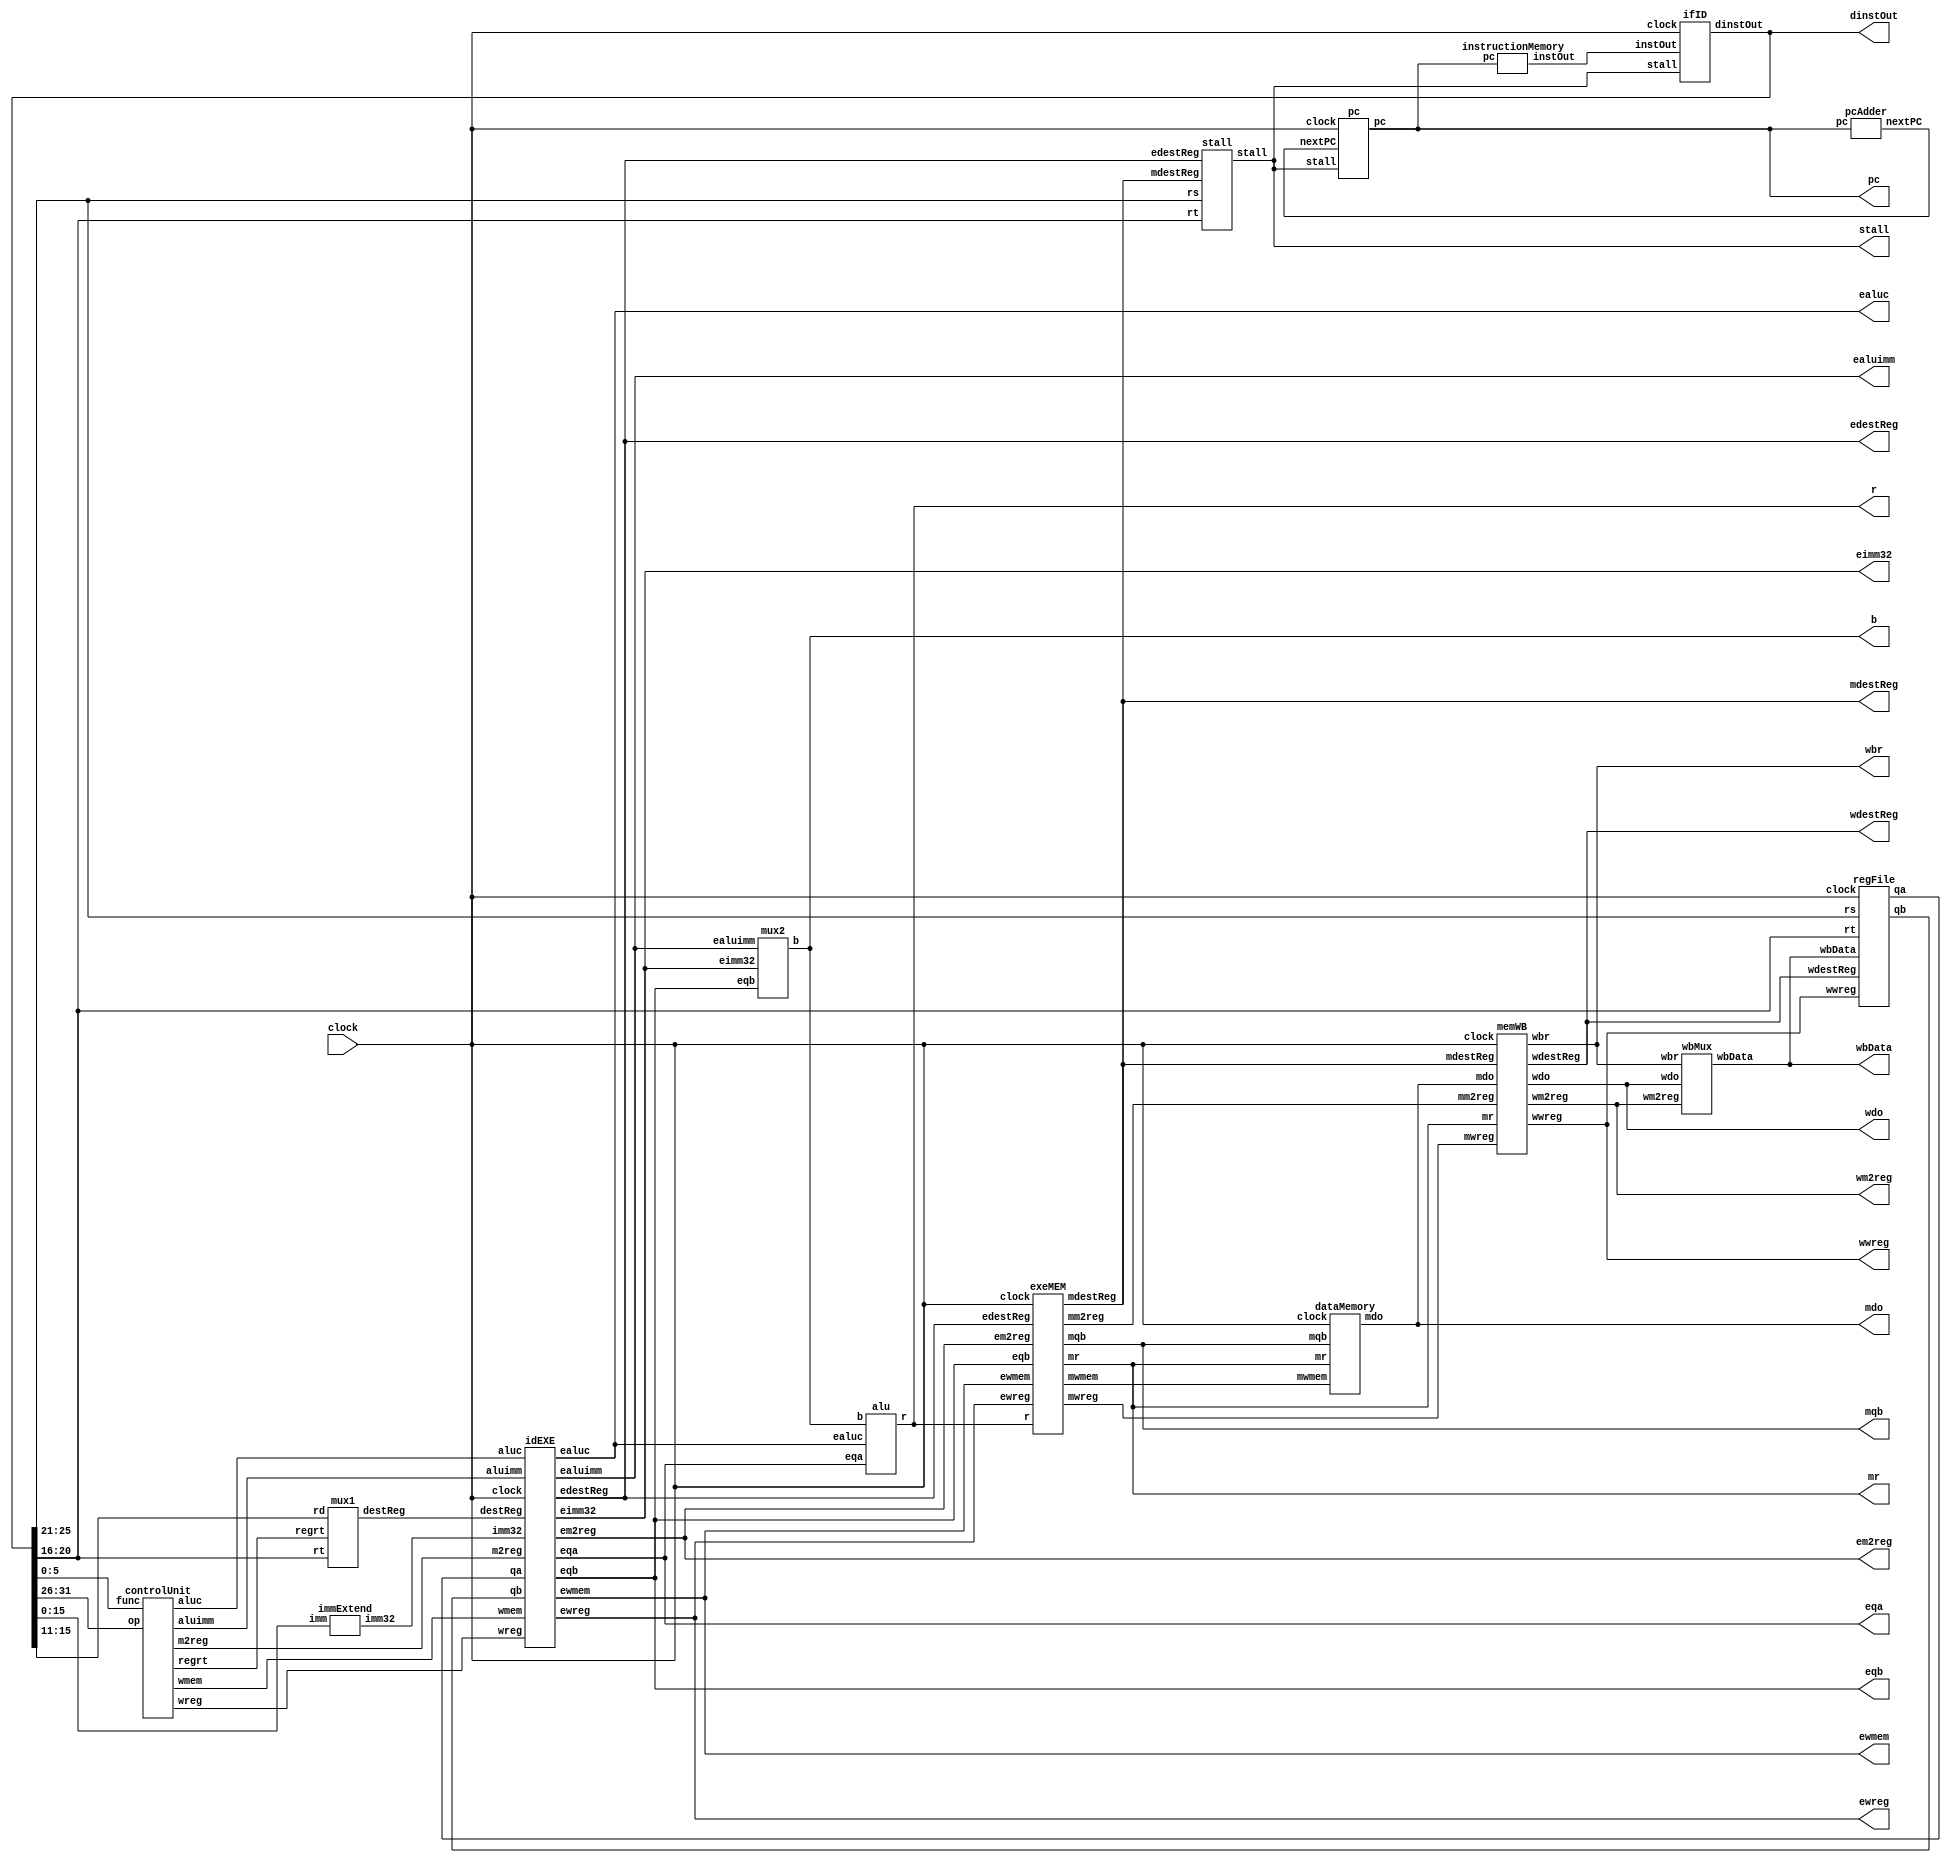
`timescale 1ns / 1ps
//////////////////////////////////////////////////////////////////////////////////
// Company: The Pennsylvania State University
//
// Design Name: Marian Rempola
// Project Name: Final Project
//////////////////////////////////////////////////////////////////////////////////

//-------------------------------------------------------------------------------------------------------------------

// ----------------NOTE----------------
// To implement stalls: we need to add MUX and check rs and rt reg: if new instruction = destReg of the previous 2 instructions
// if =, we implement a stall (don't move to next instruction, don't iterate the pc)
// if !=, proceed normally

//-------------------------------------------------------------------------------------------------------------------

module datapath (clock, pc, dinstOut, ewreg, em2reg, ewmem, ealuimm, ealuc, edestReg,eqa, eqb, eimm32, 
                mr, mqb, mdo, r, wwreg, wm2reg, wdestReg, wbr, wdo, b, mdestReg, wbData, stall);
    input wire clock; 
    output wire [31:0] pc;
    output wire [31:0] dinstOut;
    output wire ewreg;
    output wire em2reg;
    output wire ewmem;
    output wire ealuimm;
	output wire [3:0] ealuc;
	output wire [4:0] edestReg;
	output wire [31:0] eqa;
	output wire [31:0] eqb;
	output wire [31:0] eimm32;
	output wire [31:0] mr;
    output wire [31:0] mqb;
    output wire [31:0] mdo;
    output wire [31:0] r;
    output wire wwreg;
    output wire wm2reg;
    output wire [4:0] wdestReg;
    output wire [31:0] wbr;
    output wire [31:0] wdo;
	
	wire [31:0] instOut;
    wire [31:0] nextPC;
	wire wreg;
	wire m2reg;
	wire wmem;
	wire aluimm;
    wire [3:0] aluc;
    wire [4:0] destReg;
    wire [31:0] qa;
    wire [31:0] qb;
    wire [31:0] imm32;
    wire [15:0] imm;
    output wire [31:0] b;
    output wire [4:0] mdestReg;
    output wire [31:0] wbData;
    output wire [1:0] stall;
    
    //Modules
    pc pc_dp(clock, nextPC, stall, pc);
    
    stall _stall_dp(dinstOut[25:21], dinstOut[20:16], edestReg, mdestReg, stall);
    
    instructionMemory im_dp(pc, instOut);
    
    pcAdder pcAdder_dp(pc, nextPC);
    
    ifID ifID_dp(clock, stall, instOut, dinstOut);
    
    controlUnit controlUnit_dp(dinstOut[31:26], dinstOut[5:0], wreg, m2reg, wmem, aluc, aluimm, regrt);
    
    mux1 mux1_dp(dinstOut[15:11], dinstOut[20:16], regrt, destReg);
    
    regFile regFile_dp(clock, wwreg, dinstOut[25:21], dinstOut[20:16], wdestReg, wbData, qa, qb);
    
    immExtend immExtend_dp(dinstOut[15:0], imm32);
    
    dataMemory dataMemory_dp(mr, mqb, mwmem, clock, mdo);
    
    idEXE idEXE_dp(clock, wreg, m2reg, wmem, aluc, aluimm, destReg, qa, qb, imm32,
            ewreg, em2reg, ewmem, ealuc, ealuimm, edestReg, eqa, eqb, eimm32);
    
    mux2 mux2_dp(ealuimm, eqb, eimm32, b);
    
    alu alu_dp(eqa, b, ealuc, r);
    
    exeMEM exeMEM_dp(clock, ewreg, em2reg, ewmem, edestReg,r, eqb, mwreg, mm2reg, 
                mwmem, mdestReg, mr, mqb);
    
    memWB memWB_dp(clock, mwreg, mm2reg, mdestReg, mr, mdo, 
            wwreg, wm2reg, wdestReg, wbr, wdo);
   
    wbMux wbMux_dps(wbr, wdo, wm2reg, wbData);
endmodule

//-------------------------------------------------------------------------------------------------------------------

module pc(clock, nextPC, stall, pc);
    input wire clock;
    input wire [31:0] nextPC;
    input wire [1:0] stall;
    output reg [31:0] pc;
    
    //set initial pc = 100
	initial begin
	pc <= 32'd100;
	end
    
    //set pc according to stalls
	always @(posedge clock) begin   
	   if (stall == 1) begin
	       pc[31:0] = pc[31:0];
	   end
	   else begin
	       pc = nextPC;
	   end
	end 
endmodule 

//-------------------------------------------------------------------------------------------------------------------

module stall(rs, rt, edestReg, mdestReg, stall);
    input [4:0] rs;
    input [4:0] rt;
    input [4:0] edestReg;
    input [4:0] mdestReg;
    output reg [1:0] stall;
    
    initial begin
        stall = 0;
    end
    
    always @(*) begin
        if (rs == edestReg | rt == edestReg | rs == mdestReg | rt == mdestReg) 
        begin
            stall = 1;
        end
        else begin
            stall = 0;
        end
    end
endmodule

//-------------------------------------------------------------------------------------------------------------------

module instructionMemory(pc, instOut);

    input wire [31:0] pc;
    output reg [31:0] instOut;
    //internal memory of 2D reg array 
    reg [31:0] memory [0:127];

    initial begin
    //instructions for final
        //add $3, $1, $2
	   memory[100] = {
	       6'b000000,
	       5'b00001, 
	       5'b00010, 
	       5'b00011, 
	       5'b00000,
	       6'b100000
	   }; 
	   
	   //sub $4, $9, $3
	   memory[104] = {
	       6'b000000,
	       5'b01001,
	       5'b00011,
	       5'b00100,
	       5'b00000,
	       6'b100010
	   }; 
	   
	   	   
	   //or $5, $3, $9
	   memory[108] = {
	       6'b000000,
	       5'b00011,
	       5'b01001,
	       5'b00101,
	       5'b00000,
	       6'b100101
	   }; 
	   
	   //xor $6, $3, $9
	   memory[112] = {
	       6'b000000,
	       5'b00011,
	       5'b01001,
	       5'b00110,
	       5'b00000,
	       6'b100110
	   }; 
	   
	   //and $7, $3, $9
       memory[116] = {
            6'b000000, 
            5'b00011, 
            5'b01001, 
            5'b00111, 
            5'b00000, 
            6'b100100
        }; 
    end
    
    
	always @(pc) begin  
	//instOut = memory[pc]
	   instOut <= memory[pc];
	end 
	
endmodule

//-------------------------------------------------------------------------------------------------------------------

module pcAdder (pc, nextPC);

    input wire [31:0] pc;
    output reg [31:0] nextPC;

	always @(*) begin  
	   //increment nextPC by 4
	   nextPC <= pc + 4; 
	end 
endmodule

//-------------------------------------------------------------------------------------------------------------------

module ifID(clock, stall, instOut, dinstOut);
    input wire clock;
    input wire [1:0] stall;
    input wire [31:0] instOut;
    output reg [31:0] dinstOut;

    //dinstOut is set according to stalls
	always @(posedge clock) begin  
	   if (stall == 1) begin //itself to stall
	       dinstOut = dinstOut;
	   end
	   else begin
	       dinstOut = instOut;
	   end
	end 
endmodule

//-------------------------------------------------------------------------------------------------------------------

module controlUnit(op, func, wreg, m2reg, wmem, aluc, aluimm, regrt);
    input [5:0] op;
    input [5:0] func;
    output reg wreg, m2reg, wmem;
    output reg [3:0] aluc;
    output reg aluimm, regrt;   
    
    always@(*) begin
        case(op)
            6'b000000:
                case(func)
                    //add 
                    6'b100000: 
                    begin 
                        wreg = 1;
                        m2reg = 0;
                        wmem = 0;
                        aluc = 4'b0010;
                        aluimm = 0;
                        regrt = 0;       
                    end  
                    
                    //sub
                    6'b100010: 
                    begin
                        wreg = 1;
                        m2reg = 0;
                        wmem = 0;
                        aluc = 4'b0110;
                        aluimm = 0;
                        regrt = 0; 
                    end
                    
                    //or
                    6'b100101:
                    begin 
                        wreg = 1; 
                        m2reg = 0; 
                        wmem = 0; 
                        aluc = 4'b0001;
                        aluimm = 0;
                        regrt = 0;
                    end
            
                    //xor
                    6'b100110:
                    begin 
                        wreg = 1; 
                        m2reg = 0; 
                        wmem = 0; 
                        aluc = 4'b0011;
                        aluimm = 0;
                        regrt = 0;
                    end

                    //and
                    6'b100100:
                    begin
                        wreg = 1; 
                        m2reg = 0; 
                        wmem = 0; 
                        aluc = 4'b0000;
                        aluimm = 0;
                        regrt = 0;
                    end
                endcase  
            
            //lw
            6'b100011: 
            begin
                //set values of control signals for LW instruction
                wreg = 1;
                m2reg = 1;
                wmem = 0;
                aluc = 4'b0010;
                aluimm = 1;
                regrt = 1;
            end
        endcase
    end

endmodule

//******************MUX1(Reg MUX)******************

module mux1 (rd, rt, regrt, destReg);
    input [4:0] rd;
    input [4:0] rt;
    input regrt;
    output reg [4:0] destReg;
    
    always@(*) begin
        if (regrt == 1) begin
            destReg <= rt;
        end
        else begin
            destReg <= rd;
        end
    end
endmodule

//-------------------------------------------------------------------------------------------------------------------

module regFile(clock, wwreg, rs, rt, wdestReg, wbData, qa, qb);
    
    input wire clock;
    input wire wwreg;
    input [4:0] rs;
    input [4:0] rt;
    input wire [4:0] wdestReg;
    input [31:0] wbData;
    output reg [31:0] qa;
    output reg [31:0] qb;
    
    //internal register 2D
    reg [31:0] RF [31:0];
    
    initial begin
        RF[0] = 'h00000000;
        RF[1] = 'hA00000AA;
        RF[2] = 'h10000011;
        RF[3] = 'h20000022;    
        RF[4] = 'h30000033;
        RF[5] = 'h40000044;
        RF[6] = 'h50000055;
        RF[7] = 'h60000066;
        RF[8] = 'h70000077;
        RF[9] = 'h80000088;
        RF[10] = 'h90000099;
    end

    
    always @(*)
        begin
            qa = RF[rs];
            qb = RF[rt];
        end
    always @(negedge clock)
        begin
            if(wwreg == 1)
                begin
                    RF[wdestReg] = wbData;
                end
            end
endmodule

//-------------------------------------------------------------------------------------------------------------------

module immExtend(imm, imm32);
	input wire [15:0] imm;
	output reg [31:0] imm32;
	
	always @(*) begin
	   imm32 [31:0] <= {{16{imm[15]}}, imm[15:0]};
	end
endmodule

//-------------------------------------------------------------------------------------------------------------------

module dataMemory (mr, mqb, mwmem, clock, mdo);
    input wire [31:0] mr;
    input wire [31:0] mqb;
    input wire mwmem;
    input wire clock;
    output reg [31:0] mdo;
    //internal memory of 2D reg array 
    reg [31:0] mem [0:127];
    
    initial begin
        mem[0]=32'hA00000AA;
        mem[4]=32'h10000011;
        mem[8]=32'h20000022;
        mem[12]=32'h30000033;
        mem[16]=32'h40000044;
        mem[20]=32'h50000055;
        mem[24]=32'h60000066;
        mem[28]=32'h70000077;
        mem[32]=32'h80000088;
        mem[36]=32'h90000099;
        
    end
    
    always @(*) begin
        mdo = mem[mr];
    end
    
    always @(negedge clock) begin
        if (mwmem == 1) begin
            mem[mqb] = mem[mr];
        end
    end
endmodule

//-------------------------------------------------------------------------------------------------------------------

module idEXE(clock, wreg, m2reg, wmem, aluc, aluimm, destReg, qa, qb, imm32,
            ewreg, em2reg, ewmem, ealuc, ealuimm, edestReg, eqa, eqb, eimm32);
    input wire clock;
    input wire wreg;
    input wire m2reg;
    input wire wmem;
    input wire [3:0] aluc;
    input wire aluimm;
    input wire [4:0] destReg;
    input wire [31:0] qa;
    input wire [31:0] qb;
    input wire [31:0] imm32;
    output reg ewreg;
    output reg em2reg;
    output reg ewmem;
	output reg [3:0] ealuc;
	output reg ealuimm;
	output reg [4:0] edestReg;
	output reg [31:0] eqa;
	output reg [31:0] eqb;
	output reg [31:0] eimm32;

	always@(posedge clock) begin
		ewreg = wreg;
		em2reg = m2reg;
		ewmem = wmem;
		ealuc = aluc;
		ealuimm = aluimm;
		edestReg = destReg;
		eqa = qa;
		eqb = qb;
		eimm32 = imm32; 
	end

endmodule

//******************MUX2(ALU MUX)******************

module mux2(ealuimm, eqb, eimm32, b);
    input ealuimm;
    input [31:0] eqb;
    input [31:0] eimm32;
    output reg [31:0] b;
    
    always@(*) begin
        if (ealuimm == 1) begin
            b <= eimm32;
        end
        else begin
            b <= eqb;
        end
    end
endmodule

//-------------------------------------------------------------------------------------------------------------------

module alu(eqa, b, ealuc, r);
    input wire [31:0] eqa;
    input wire [31:0] b;
    input wire [3:0] ealuc;
    output reg [31:0] r;
    
    always @(*) begin
    //computation of eqa and b through ealuc op, output to r
        case (ealuc)
            4'b0010: begin
                r = eqa+b;
            end
        endcase 
    end
endmodule

//-------------------------------------------------------------------------------------------------------------------

module exeMEM(clock, ewreg, em2reg, ewmem, edestReg,r, eqb, mwreg, mm2reg, 
                mwmem, mdestReg, mr, mqb);
    input wire clock;
    input wire ewreg;
    input wire em2reg;
    input wire ewmem;
    input wire [4:0] edestReg;
    input wire [31:0] r;
    input wire [31:0] eqb;
    output reg mwreg;
    output reg mm2reg;
    output reg mwmem;
    output reg [4:0] mdestReg;
    output reg [31:0] mr;
    output reg [31:0] mqb;
    
    always @(posedge clock) begin
        mwreg = ewreg;
        mm2reg = em2reg;
        mwmem = ewmem;
        mdestReg = edestReg;
        mr = r;
        mqb = eqb;
    end
endmodule

//-------------------------------------------------------------------------------------------------------------------

module memWB(clock, mwreg, mm2reg, mdestReg, mr, mdo, 
            wwreg, wm2reg, wdestReg, wbr, wdo);
    input wire clock;
    input wire mwreg;
    input wire mm2reg;
    input [4:0] mdestReg;
    input [31:0] mr;
    input [31:0] mdo;
    output reg wwreg;
    output reg wm2reg;
    output reg [4:0] wdestReg;
    output reg [31:0] wbr;
    output reg [31:0] wdo;
    
    always @(posedge clock) begin
        wwreg = mwreg;
        wm2reg = mm2reg;
        wdestReg = mdestReg;
        wbr = mr;
        wdo = mdo;
    end
    
endmodule

//-------------------------------------------------------------------------------------------------------------------

module wbMux(wbr, wdo, wm2reg, wbData);
    input wire [31:0] wbr;
    input wire [31:0] wdo;
    input wire wm2reg;
    output reg [31:0] wbData;
   
    always @(*)
        begin
            if (wm2reg == 1) begin
                wbData <= wdo;
            end
            else if (wm2reg == 0) begin
                wbData <= wbr;
            end
        end
endmodule